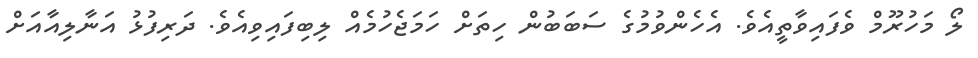
ލޯ މަހުރޫމް ވެފައިވާތީއެވެ. އެހެންވުމުގެ ސަބަބުން ހިތަށް ހަމަޖެހުމެއް ލިބިފައިވިއެވެ. ދަރިފުޅު އަނާލިއާއަށް